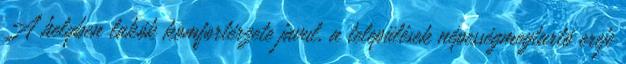
A helyben lakók komfortérzete javul, a települések népességmegtartó ereje